Civil Veterinary Department. Madras. Admin. report 1910-25 - 1910-1925
Year: 1910
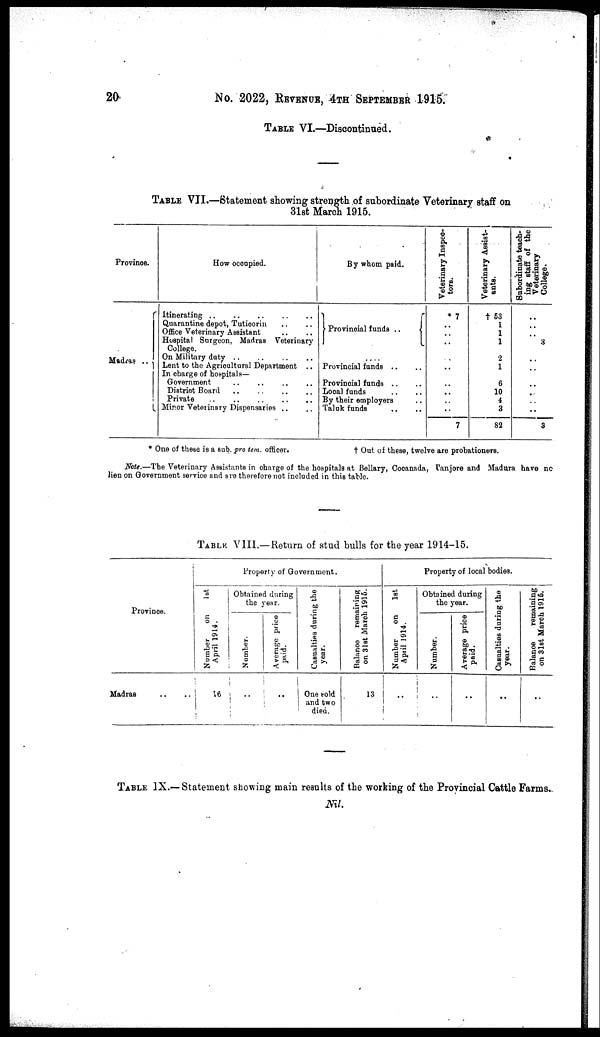
20
No. 2022, REVENUE, 4TH SEPTEMBER 1915.
TABLE VI.—Discontinued.
TABLE VII.—Statement showing strength of subordinate Veterinary staff on
31st March 1915.
Province.
Madras ..
How occupied.
Itinerating .. .. .. .. ..
Quarantine depot, Tuticorin .. ..
Office Veterinary Assistant .. ..
Hospital Sargeon, Madras Veterinary
College.
On Military duty .. .. .. ..
Lent to the Agricultural Department ..
In charge of hospitals—
Government .. .. .. ..
District Board .. .. .. ..
Private .. .. .. .. ..
Minor Veterinary Dispensaries .. ..
By whom paid.
Provincial funds ..
....
Provincial funds .. ..
Provincial funds .. ..
Local funds .. ..
By their employers ..
Taluk funds .. ..
Veterinary Inspec-
tors.
7
..
..
..
..
..
..
..
..
..
7
Veterinary Assist-
ants.
† 53
1
1
1
2
1
6
10
4
3
82
Subordinate teach-
ing staff of the
Veterinary
College.
..
..
..
3
..
..
..
..
..
..
3
* One of these is a sub. pro tem. officer.
† Out of these, twelve are probationers.
Note.—The Veterinary Assistants in charge of the hospitals at Bellary, Cocanada, Tanjore and Madura have no
lien on Government service and are therefore not included in this table.
TABLE VIII.—Return of stud bulls for the year 1914-15.
Province.
Madras .. ..
Property of Government.
Number
on
1st
April 1914.
16
Obtained during
the year.
Number.
..
Average price
paid.
..
Casualties during the
year.
One sold
and two
died.
Balance
remaining
on 31st March 1915.
13
Property of local bodies.
Number
on
1st
April 1914.
..
Obtained during
the year.
Number.
..
Average price
paid.
..
Casualties during the
year.
..
Balance
remaining
on 31st March 1915.
..
TABLE IX.—Statement showing main results of the working of the Provincial Cattle Farms.
Nil.